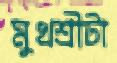
মুখশ্রীটা